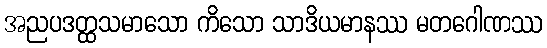
အညပဒတ္ထသမာသော ကိသော သာဒိယမာနဿ မတဂေါဏဿ